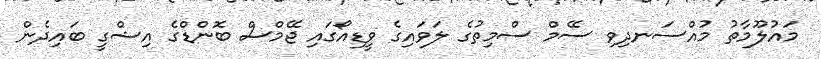
މައުލޫމާތު މުއްސަނދިވި ސޭމް ސްމިތުގެ ލަވައިގެ ވީޑިއޯގައި ޖޭމްސް ބޮންޑްގެ އިޝްގީ ބައިދެން